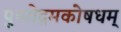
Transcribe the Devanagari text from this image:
पुष्पोद्गमकोषधम्